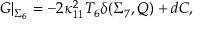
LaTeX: G \vert _ { \Sigma _ { 6 } } = - 2 \kappa _ { 1 1 } ^ { 2 } T _ { 6 } \delta ( \Sigma _ { 7 } , Q ) + d C ,